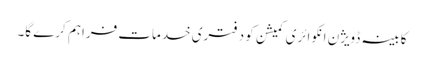
کابینہ ڈویژن انکوائری کمیشن کو دفتری خدمات فراہم کرے گا۔